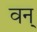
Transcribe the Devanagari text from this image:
वन्